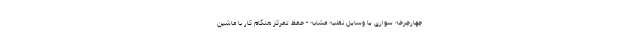
چهارچرخه سواری یا وسایل نقلیه مشابه - حفظ تمرکز هنگام کار با ماشین